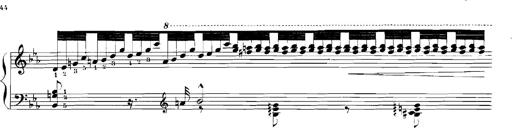
Title: Rhapsodies hongroises
Composer: Franz Liszt